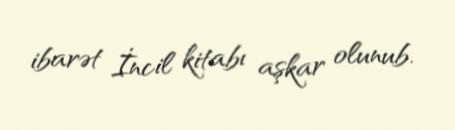
ibarət İncil kitabı aşkar olunub.